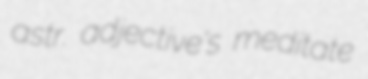
astr. adjective's meditate